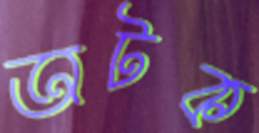
অটক